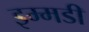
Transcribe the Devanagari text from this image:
इम्मडी